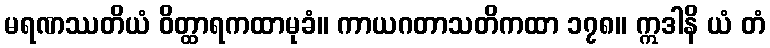
မရဏဿတိယံ ဝိတ္ထာရကထာမုခံ။ ကာယဂတာသတိကထာ ၁၇၈။ ဣဒါနိ ယံ တံ